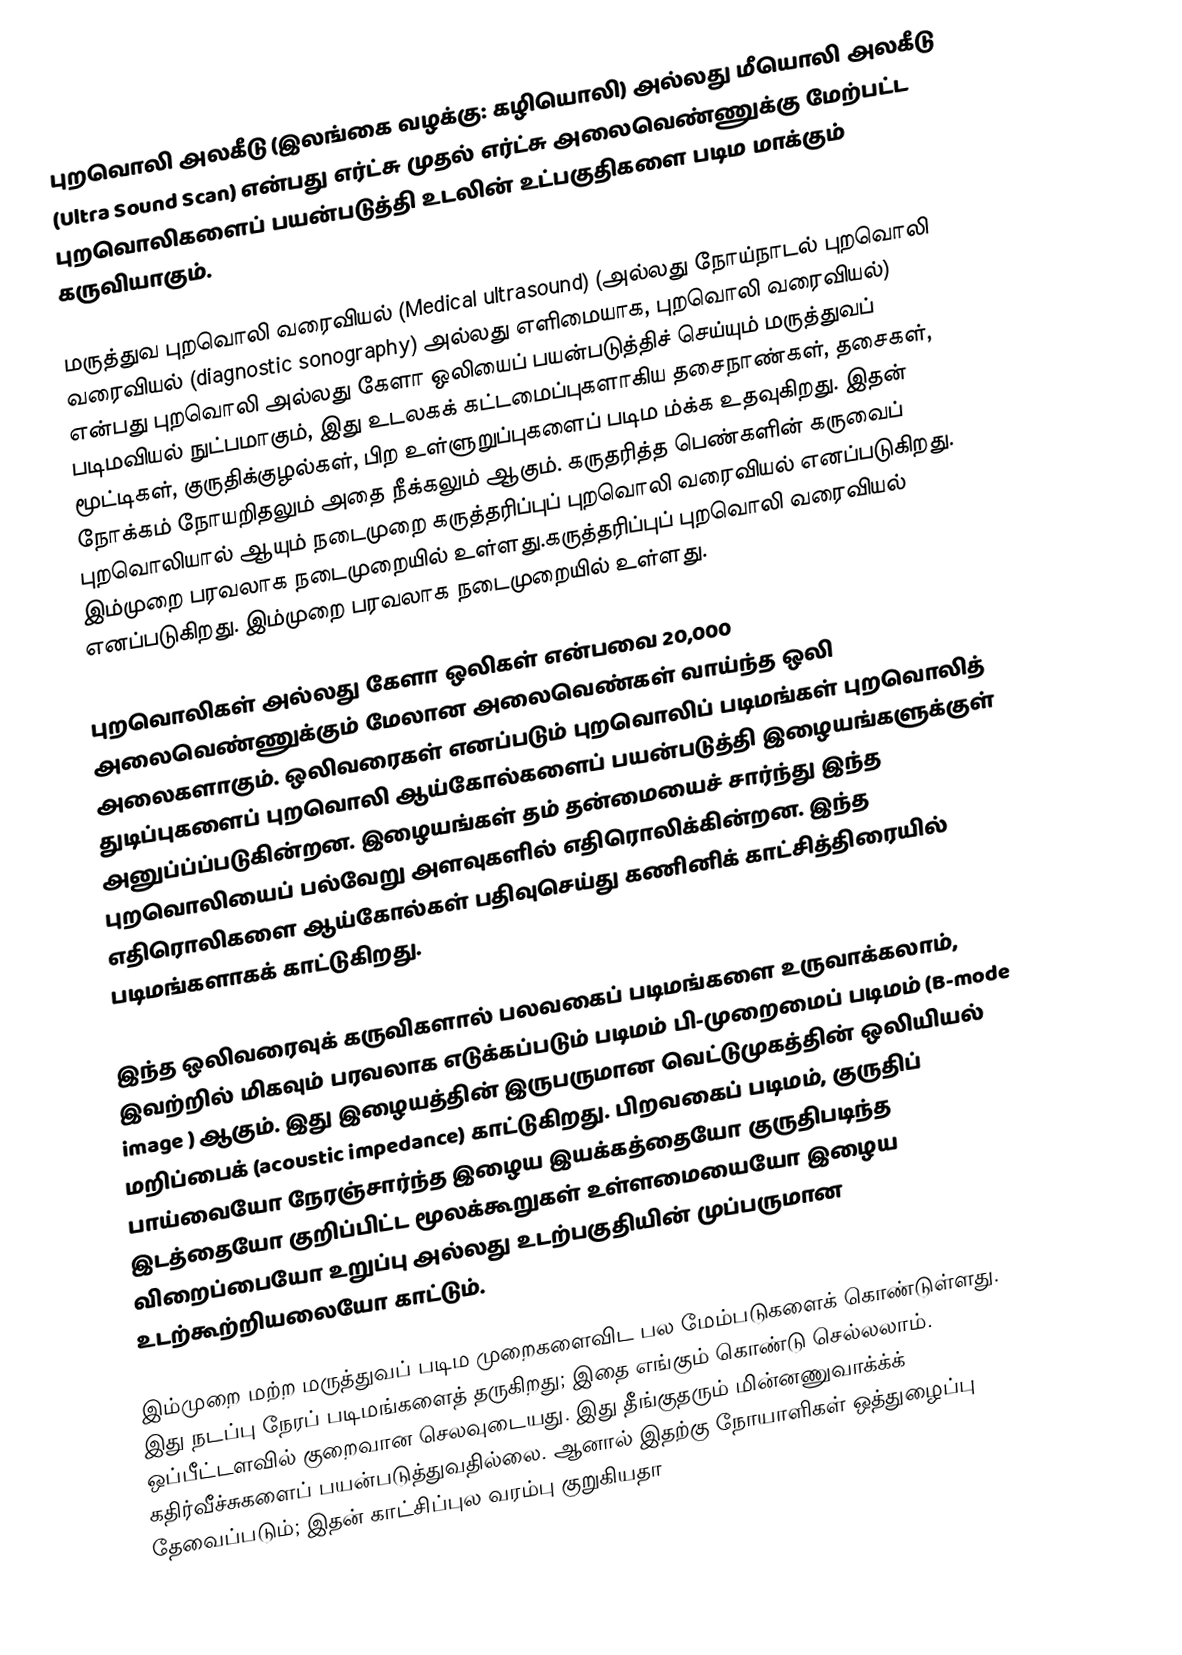
புறவொலி அலகீடு (இலங்கை வழக்கு: கழியொலி) அல்லது மீயொலி அலகீடு (Ultra Sound Scan) என்பது  எர்ட்சு முதல்   எர்ட்சு அலைவெண்ணுக்கு மேற்பட்ட புறவொலிகளைப் பயன்படுத்தி உடலின் உட்பகுதிகளை படிம மாக்கும் கருவியாகும்.

மருத்துவ புறவொலி வரைவியல் (Medical ultrasound) (அல்லது நோய்நாடல் புறவொலி வரைவியல் (diagnostic sonography) அல்லது எளிமையாக, புறவொலி வரைவியல்)  என்பது புறவொலி அல்லது கேளா ஒலியைப் பயன்படுத்திச் செய்யும் மருத்துவப் படிமவியல் நுட்பமாகும், இது உடலகக் கட்டமைப்புகளாகிய தசைநாண்கள், தசைகள், மூட்டிகள், குருதிக்குழல்கள், பிற உள்ளுறுப்புகளைப் படிம ம்க்க உதவுகிறது. இதன் நோக்கம் நோயறிதலும் அதை நீக்கலும் ஆகும். கருதரித்த பெண்களின் கருவைப் புறவொலியால் ஆயும் நடைமுறை கருத்தரிப்புப் புறவொலி வரைவியல் எனப்படுகிறது. இம்முறை பரவலாக நடைமுறையில் உள்ளது.கருத்தரிப்புப் புறவொலி வரைவியல் எனப்படுகிறது. இம்முறை பரவலாக நடைமுறையில் உள்ளது.

புறவொலிகள் அல்லது கேளா ஒலிகள் என்பவை 20,000 அலைவெண்ணுக்கும் மேலான அலைவெண்கள் வாய்ந்த ஒலி அலைகளாகும். ஒலிவரைகள் எனப்படும் புறவொலிப் படிமங்கள் புறவொலித் துடிப்புகளைப் புறவொலி ஆய்கோல்களைப் பயன்படுத்தி இழையங்களுக்குள் அனுப்ப்ப்படுகின்றன. இழையங்கள் தம் தன்மையைச் சார்ந்து இந்த புறவொலியைப் பல்வேறு அளவுகளில் எதிரொலிக்கின்றன. இந்த எதிரொலிகளை ஆய்கோல்கள் பதிவுசெய்து கணினிக் காட்சித்திரையில் படிமங்களாகக் காட்டுகிறது.

இந்த ஒலிவரைவுக் கருவிகளால் பலவகைப் படிமங்களை உருவாக்கலாம், இவற்றில் மிகவும் பரவலாக எடுக்கப்படும் படிமம் பி-முறைமைப் படிமம் (B-mode image ) ஆகும். இது இழையத்தின் இருபருமான வெட்டுமுகத்தின் ஒலியியல் மறிப்பைக் (acoustic impedance) காட்டுகிறது. பிறவகைப் படிமம், குருதிப் பாய்வையோ நேரஞ்சார்ந்த இழைய இயக்கத்தையோ குருதிபடிந்த இடத்தையோ குறிப்பிட்ட மூலக்கூறுகள் உள்ளமையையோ இழைய விறைப்பையோ உறுப்பு அல்லது உடற்பகுதியின் முப்பருமான உடற்கூற்றியலையோ காட்டும்.

இம்முறை மற்ற மருத்துவப் படிம முறைகளைவிட பல மேம்படுகளைக் கொண்டுள்ளது. இது நடப்பு நேரப் படிமங்களைத் தருகிறது; இதை எங்கும் கொண்டு செல்லலாம். ஒப்பீட்டளவில் குறைவான செலவுடையது. இது தீங்குதரும் மின்னணுவாக்க்க் கதிர்வீச்சுகளைப் பயன்படுத்துவதில்லை. ஆனால் இதற்கு நோயாளிகள் ஒத்துழைப்பு தேவைப்படும்; இதன் காட்சிப்புல வரம்பு குறுகியதா